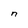
Character: n